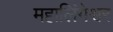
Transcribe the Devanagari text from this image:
महालिंगेश्वर